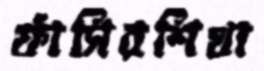
ফাঁসিরশিখা